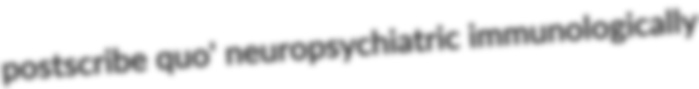
postscribe quo' neuropsychiatric immunologically